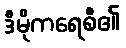
ဒီမိုကရေစီ၏